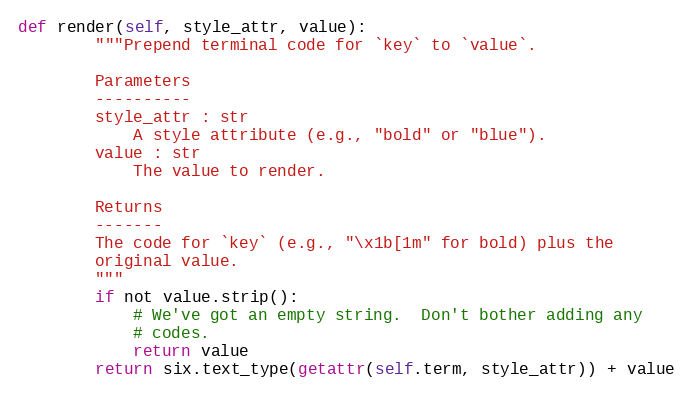
Language: Python
def render(self, style_attr, value):
        """Prepend terminal code for `key` to `value`.

        Parameters
        ----------
        style_attr : str
            A style attribute (e.g., "bold" or "blue").
        value : str
            The value to render.

        Returns
        -------
        The code for `key` (e.g., "\x1b[1m" for bold) plus the
        original value.
        """
        if not value.strip():
            # We've got an empty string.  Don't bother adding any
            # codes.
            return value
        return six.text_type(getattr(self.term, style_attr)) + value